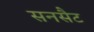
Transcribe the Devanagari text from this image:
सनसैट